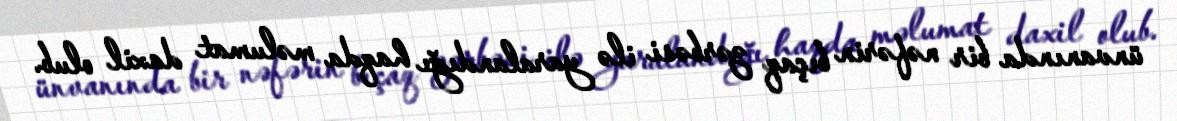
ünvanında bir nəfərin bıçaq zərbəsi ilə yaralandığı haqda məlumat daxil olub.